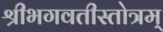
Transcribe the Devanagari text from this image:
श्रीभगवतीस्तोत्रम्